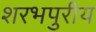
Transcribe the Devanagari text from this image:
शरभपुरीय